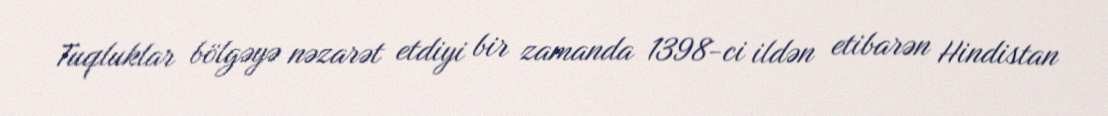
Tuqluklar bölgəyə nəzarət etdiyi bir zamanda 1398-ci ildən etibarən Hindistan